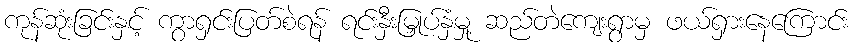
ကုန်ဆုံးခြင်းနှင့် ကွာရှင်းပြတ်စဲရန် ရင်းနှီးမြှုပ်နှံမှု့ ဆည်တဲကျေးရွာမှ ဖယ်ရှားနေကြောင်း